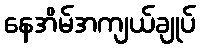
နေအိမ်အကျယ်ချုပ်